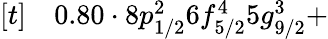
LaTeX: \begin{array}{rl}{[t]}&{{}0.80\cdot 8p_{1/2}^{2}6f_{5/2}^{4}5g_{9/2}^{3}+}\end{array}